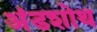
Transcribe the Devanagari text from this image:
अंडशोथ